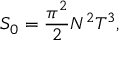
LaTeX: { \cal S } _ { 0 } = \frac { \pi ^ { 2 } } { 2 } N ^ { 2 } T ^ { 3 } ,